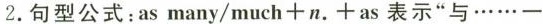
2.句型公式:as many/much+n.+as 表示"与……一